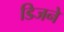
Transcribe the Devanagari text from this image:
डिजने